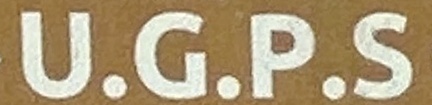
U.G.P.S